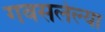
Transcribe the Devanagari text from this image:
गवसलेल्या